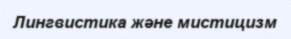
Лингвистика және мистицизм